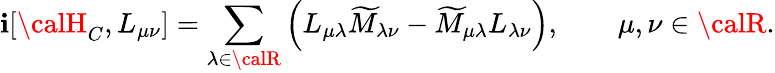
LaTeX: \mathbf{i}[{\calH}_{C},L_{\mu\nu}]=\sum_{\lambda\in{\calR}}\left(L_{\mu\lambda}\widetilde{{M}}_{\lambda\nu}-\widetilde{{M}}_{\mu\lambda}L_{\lambda\nu}\right),\qquad\mu,\nu\in{\calR}.